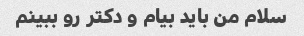
سلام من باید بیام و دکتر رو ببینم